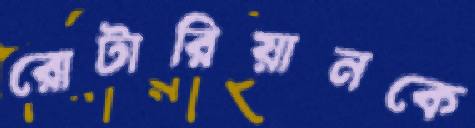
রোটারিয়ানকে